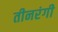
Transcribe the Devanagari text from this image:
तीनरंगी